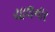
ચાલનાર